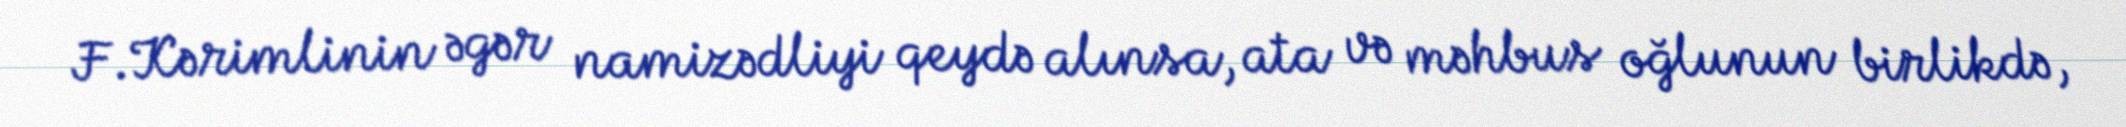
F.Kərimlinin əgər namizədliyi qeydə alınsa, ata və məhbus oğlunun birlikdə,